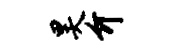
昊介